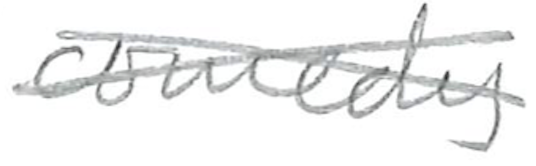
Text: comedy
Cross-out: cross
Writing tool: pencil